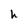
Character: h